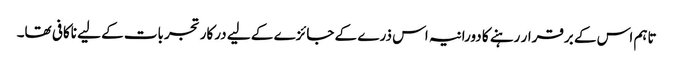
تاہم اس کے برقرار رہنے کا دورانیہ اس ذرے کے جائزے کے لیے درکار تجربات کے لیے ناکافی تھا۔